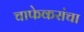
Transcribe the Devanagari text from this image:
चाफेकरांचा